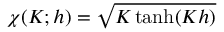
\chi ( K ; h ) = \sqrt { K \operatorname { t a n h } ( K h ) }